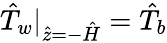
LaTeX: \hat{T}_{w}|_{\hat{z}=-\hat{H}}=\hat{T}_{b}